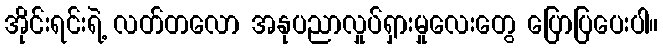
အိုင်းရင်းရဲ့ လတ်တလော အနုပညာလှုပ်ရှားမှုလေးတွေ ပြောပြပေးပါ။